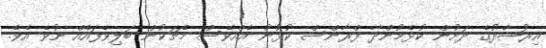
އިރުޝާދުގެ ދަށުން ކުޅެމުންދާ ފްރާންސް ކުޅުނު އެއްވެސް މެޗަކުން ބަލިވެފައެއް ނުވެ އެވެ.